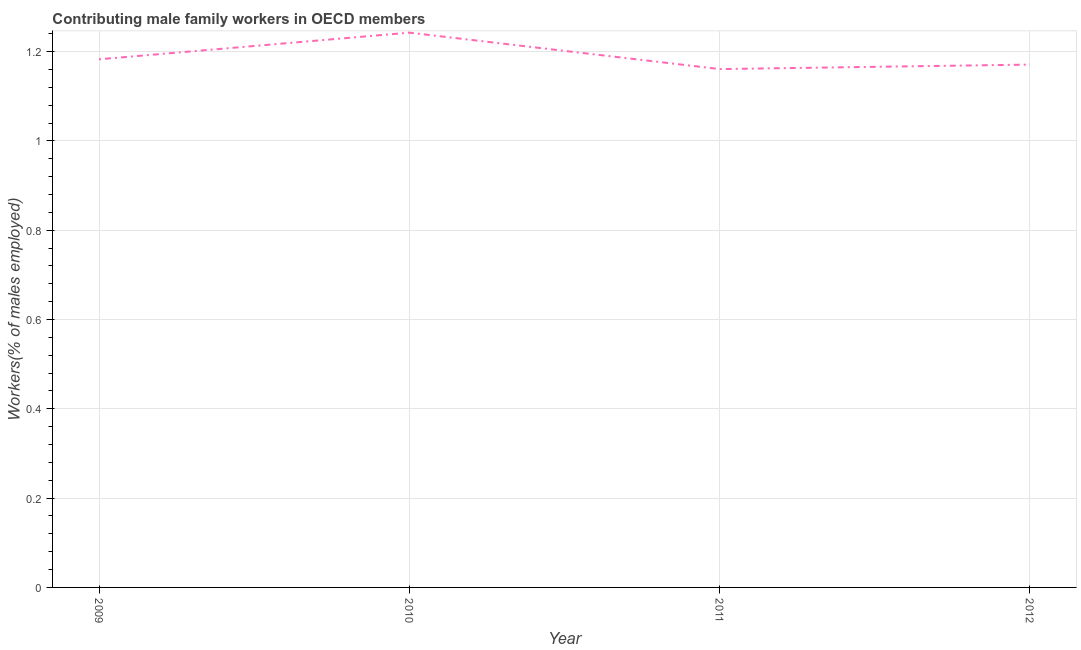
| Year | Contributing family workers |
 | --- | --- |
 | 2009 | 1.18 |
 | 2010 | 1.24 |
 | 2011 | 1.16 |
 | 2012 | 1.17 |